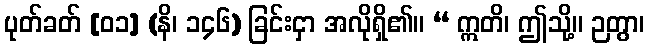
ပုတ်ခတ် [၀၁] (နိ၊ ၁၄၆) ခြင်းငှာ အလိုရှိ၏။ “ ဣတိ၊ ဤသို့။ ဉတွာ၊